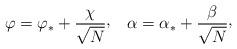
LaTeX: \begin{align*}\varphi = \varphi_{*} + {\chi\over\sqrt{N}}\raise 2pt\hbox{,}\quad\alpha = \alpha_{*} + {\beta\over\sqrt{N}}\raise 2pt\hbox{,}\end{align*}